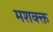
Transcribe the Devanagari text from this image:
मशक्क्त